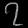
Digit: ၇